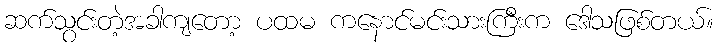
ဆက်သွင်းတဲ့အခါကျတော့ ပထမ ကနောင်မင်းသားကြီးက ဒေါသဖြစ်တယ်။